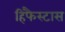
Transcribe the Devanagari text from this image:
हिफैस्टास